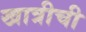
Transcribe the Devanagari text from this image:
खात्रीची